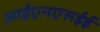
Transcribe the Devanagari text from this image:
आईएनएसईई